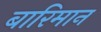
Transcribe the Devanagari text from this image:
बारिमान